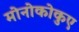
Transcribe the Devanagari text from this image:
मोनोकोकुए